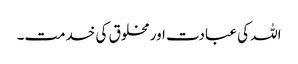
اللہ کی عبادت اور مخلوق کی خدمت۔